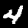
Label: 4